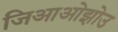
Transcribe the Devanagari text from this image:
जिआओझोउ